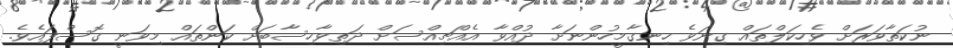
ނުކަތާވަރަށް ވެހިކަލްތައް ގިނަވެ ހިނގާމީހުންނަށާ ދުއްވާ އެއްޗިއްސަށް ދަތިވާހިސާބަށް ކަންތައް މިވަނީ ގޮސްފައެވެ.